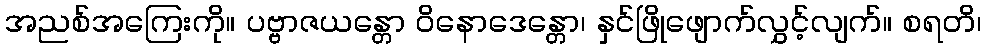
အညစ်အကြေးကို။ ပဗ္ဗာဇယန္တော ဝိနောဒေန္တော၊ နှင်ဖြိုဖျောက်လွှင့်လျက်။ စရတိ၊